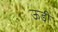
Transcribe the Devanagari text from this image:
ऊडी